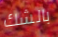
بالشك